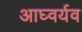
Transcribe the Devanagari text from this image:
आघ्वर्यव